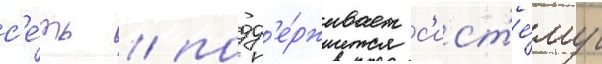
с'е́ть / подд'е́рживает с'ист'е́му